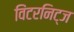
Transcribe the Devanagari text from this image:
विंटरनिट्ज